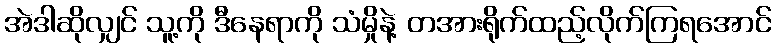
အဲဒါဆိုလျှင် သူ့ကို ဒီနေရာကို သံမှိုနဲ့ တအားရိုက်ထည့်လိုက်ကြရအောင်